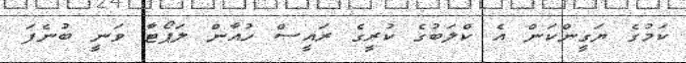
ކަމުގެ ޔަގީންކަން އެ ކްލަބުގެ ކުރީގެ ރައީސް ހުއާން ލަޕޯޓާ ވަނީ ބުނެފަ